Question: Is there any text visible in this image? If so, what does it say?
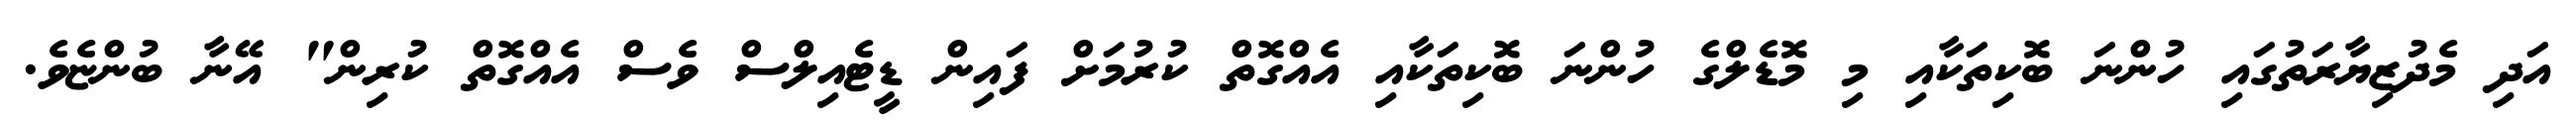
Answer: އަދި މެދުޒިޔާރަތުގައި ހުންނަ ބޮކިތަކާއި މި މޮޑެލްގެ ހުންނަ ބޮކިތަކާއި އެއްގޮތް ކުރުމަށް ފައިން ޑީޓެއިލްސް ވެސް އެއްގޮތް ކުރިން" އޭނާ ބުންޏެވެ.